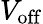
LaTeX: V_{\mathrm{off}}